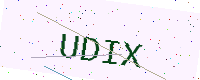
Text: UDIX